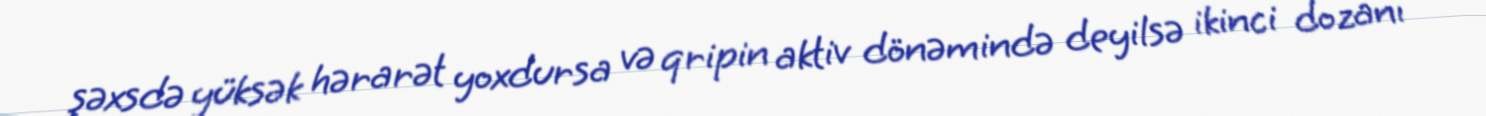
şəxsdə yüksək hərarət yoxdursa və qripin aktiv dönəmində deyilsə ikinci dozanı